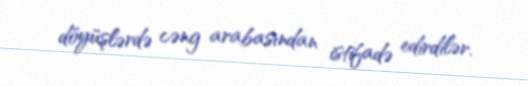
döyüşlərdə cəng arabasından istifadə edirdilər.